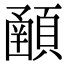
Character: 𩔞